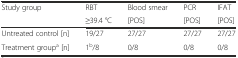
<table><thead><tr><td rowspan="2"><b>Study group</b></td><td><b>RBT</b></td><td><b>Blood smear</b></td><td><b>PCR</b></td><td><b>IFAT</b></td></tr><tr><td><b>≥39.4 °C</b></td><td><b>[POS]</b></td><td><b>[POS]</b></td><td><b>[POS]</b></td></tr></thead><tbody><tr><td>Untreated control [n]</td><td>19/27</td><td>27/27</td><td>27/27</td><td>27/27</td></tr><tr><td>Treatment group<sup>a</sup> [n]</td><td>1<sup>b</sup>/8</td><td>0/8</td><td>0/8</td><td>0/8</td></tr></tbody></table>